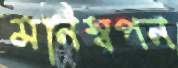
মনিস্বপন